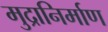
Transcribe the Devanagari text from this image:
मुद्रानिर्माण